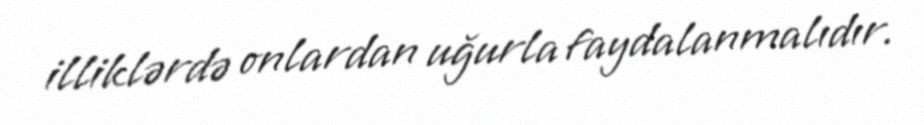
illiklərdə onlardan uğurla faydalanmalıdır.